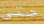
حتى